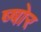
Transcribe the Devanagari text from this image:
ष्षोर